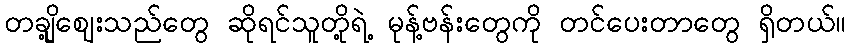
တချို့ဈေးသည်တွေ ဆိုရင်သူတို့ရဲ့ မုန့်ဗန်းတွေကို တင်ပေးတာတွေ ရှိတယ်။